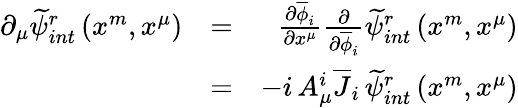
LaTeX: \begin{array}{rlr}{\partial_{\mu}\widetilde{\psi}_{int}^{r}\left(x^{m},x^{\mu}\right)}&{=}&{\frac{\partial\overline{{\phi}}_{i}}{\partial x^{\mu}}\frac{\partial}{\partial\overline{{\phi}}_{i}}\widetilde{\psi}_{int}^{r}\left(x^{m},x^{\mu}\right)}\\ &{=}&{-i\, A_{\mu}^{i}\overline{{J}}_{i}\, \widetilde{\psi}_{int}^{r}\left(x^{m},x^{\mu}\right)}\end{array}